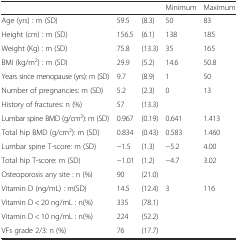
|  |  |  | Minimum | Maximum |
 | --- | --- | --- | --- | --- |
 | Age (yrs) : m (SD) | 59.5 | (8.3) | 50 | 83 |
 | Height (cm) : m (SD) | 156.5 | (6.1) | 138 | 185 |
 | Weight (Kg) : m (SD) | 75.8 | (13.3) | 35 | 165 |
 | BMI (kg/m2) : m (SD) | 29.9 | (5.2) | 14.6 | 50.8 |
 | Years since menopause (yrs): m (SD) | 9.7 | (8.9) | 1 | 50 |
 | Number of pregnancies: m (SD) | 5.2 | (2.3) | 0 | 13 |
 | History of fractures: n (%) | 57 | (13.3) |  |  |
 | Lumbar spine BMD (g/cm2): m (SD) | 0.967 | (0.19) | 0.641 | 1.413 |
 | Total hip BMD (g/cm2): m (SD) | 0.834 | (0.43) | 0.583 | 1.460 |
 | Lumbar spine T-score: m (SD) | −1.5 | (1.3) | −5.2 | 4.00 |
 | Total hip T-score: m (SD) | −1.01 | (1.2) | −4.7 | 3.02 |
 | Osteoporosis any site : n (%) | 90 | (21.0) |  |  |
 | Vitamin D (ng/mL) : m(SD) | 14.5 | (12.4) | 3 | 116 |
 | Vitamin D < 20 ng/mL : n(%) | 335 | (78.1) |  |  |
 | Vitamin D < 10 ng/mL : n(%) | 224 | (52.2) |  |  |
 | VFs grade 2/3: n (%) | 76 | (17.7) |  |  |